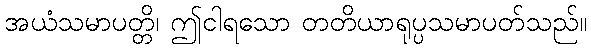
အယံသမာပတ္တိ၊ ဤငါရသော တတိယာရုပ္ပသမာပတ်သည်။